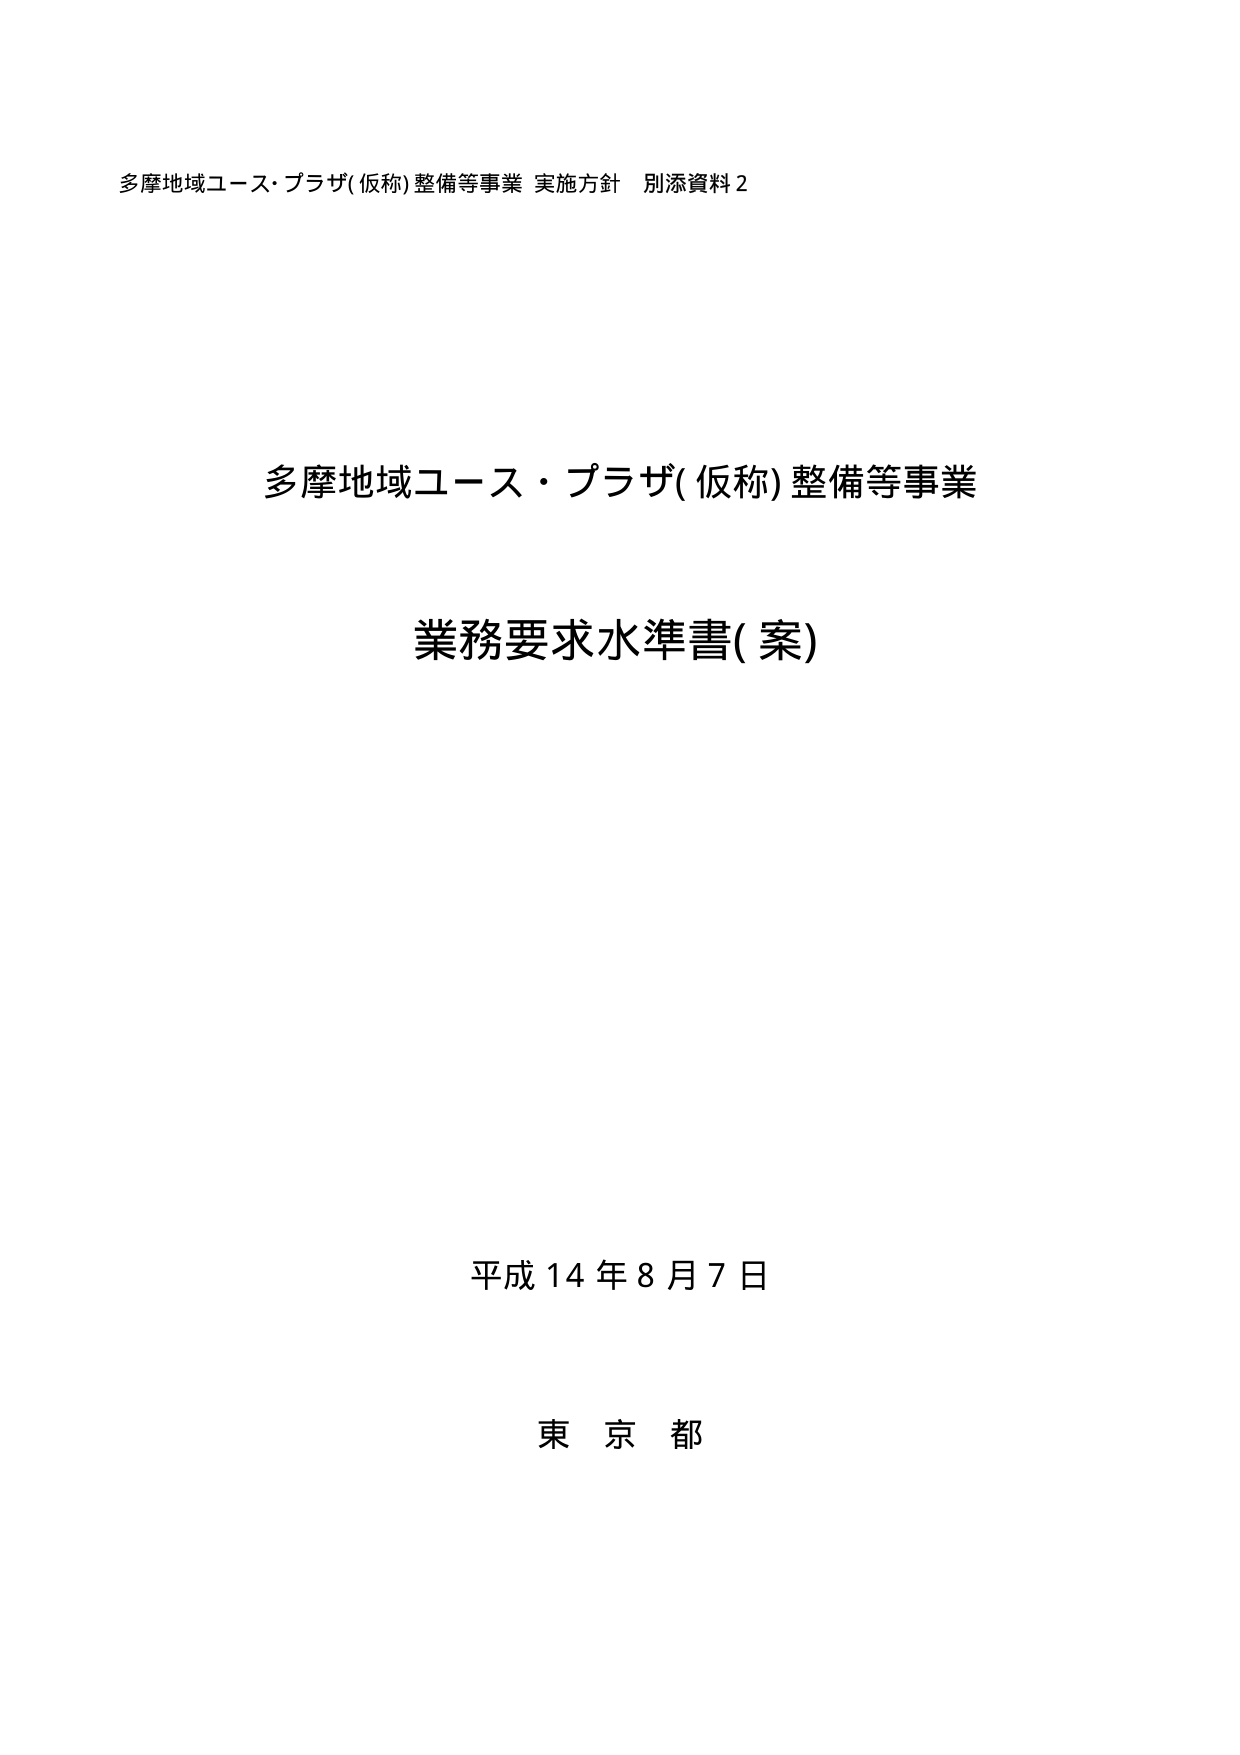
多摩地域ユース・プラザ(仮称)整備等事業 実施方針 別添資料２

多摩地域ユース・プラザ(仮称)整備等事業

業務要求水準書(案)

平成14年8月7日

東京都